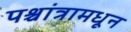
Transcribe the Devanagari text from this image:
पश्चांत्रामधून